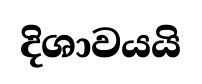
දිශාවයයි